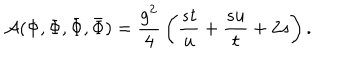
LaTeX: { \cal A } ( \Phi , \Phi , { \bar { \Phi } } , { \bar { \Phi } } ) = { \frac { g ^ { 2 } } { 4 } } \left( { \frac { s t } { u } } + { \frac { s u } { t } } + 2 s \right) .